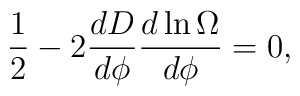
{1\over 2}-2{{dD}\over{d\phi}}{{d\ln\Omega}\over{d\phi}}=0,